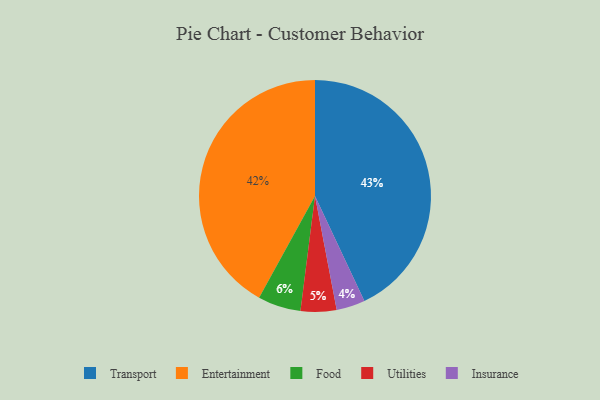
{"axis": {"x": "Category", "y": "Percentage"}, "legend": ["Entertainment", "Food", "Insurance", "Transport", "Utilities"], "data": [{"x": "Transport", "y": 43, "type": "Transport"}, {"x": "Food", "y": 6, "type": "Food"}, {"x": "Insurance", "y": 4, "type": "Insurance"}, {"x": "Utilities", "y": 5, "type": "Utilities"}, {"x": "Entertainment", "y": 42, "type": "Entertainment"}]}